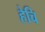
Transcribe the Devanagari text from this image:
हेचि